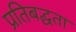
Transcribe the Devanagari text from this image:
प्रतिबद्घता